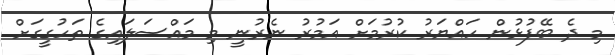
މި ދެ ބޭފުޅުން ހައްޔަރު ކުރުމަށް އަމުރު ނެރުނީ މި މައްސަލައިގެ ތަހުގީގަށް